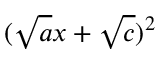
( { \sqrt { a } } x + { \sqrt { c } } ) ^ { 2 }